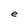
Character: e